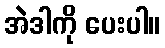
အဲဒါကို ပေးပါ။